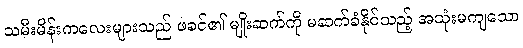
သမီးမိန်းကလေးများသည် ဖခင်၏ မျိုးဆက်ကို မဆက်ခံနိုင်သည့် အသုံးမကျသော